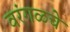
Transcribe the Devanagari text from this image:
वरंगळचे